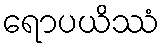
ရောပယိဿံ